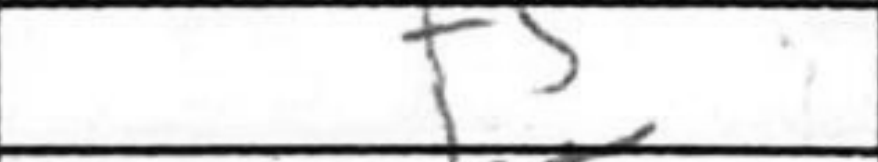
Transcription: f5